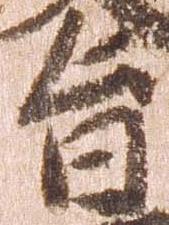
旨